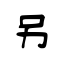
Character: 另